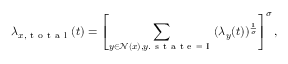
\lambda _ { x , \mathrm { ~ t ~ o ~ t ~ a ~ l ~ } } ( t ) = \left[ \sum _ { y \in \mathcal { N } ( x ) , y . \mathrm { ~ s ~ t ~ a ~ t ~ e ~ = ~ I ~ } } ( \lambda _ { y } ( t ) ) ^ { \frac { 1 } { \sigma } } \right] ^ { \sigma } ,